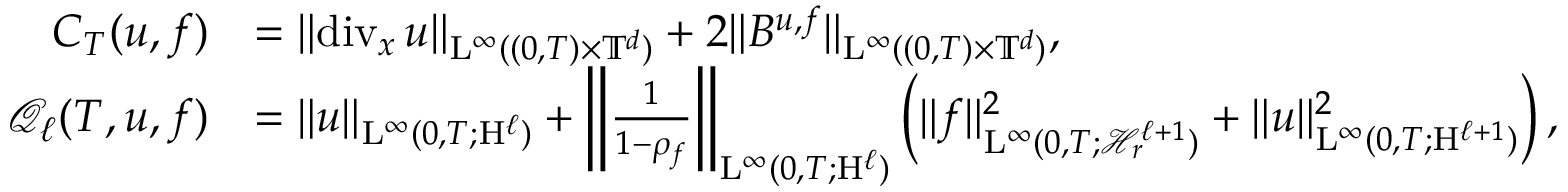
\begin{array} { r l } { C _ { T } ( u , f ) } & { = \Vert \mathrm { d i v } _ { x } \, u \Vert _ { \mathrm { L } ^ { \infty } ( ( 0 , T ) \times \mathbb T ^ { d } ) } + 2 \Vert B ^ { u , f } \Vert _ { \mathrm { L } ^ { \infty } ( ( 0 , T ) \times \mathbb T ^ { d } ) } , } \\ { \mathcal { Q } _ { \ell } ( T , u , f ) } & { = \Vert u \Vert _ { \mathrm { L } ^ { \infty } ( 0 , T ; \mathrm { H } ^ { \ell } ) } + \left\Vert \frac { 1 } { 1 - \rho _ { f } } \right\Vert _ { \mathrm { L } ^ { \infty } ( 0 , T ; \mathrm { H } ^ { \ell } ) } \left( \Vert f \Vert _ { \mathrm { L } ^ { \infty } ( 0 , T ; \mathcal { H } _ { r } ^ { \ell + 1 } ) } ^ { 2 } + \Vert u \Vert _ { \mathrm { L } ^ { \infty } ( 0 , T ; \mathrm { H } ^ { \ell + 1 } ) } ^ { 2 } \right) , } \end{array}